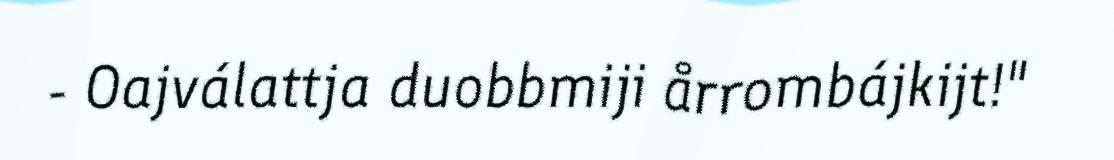
- Oajválattja duobbmiji årrombájkijt!"